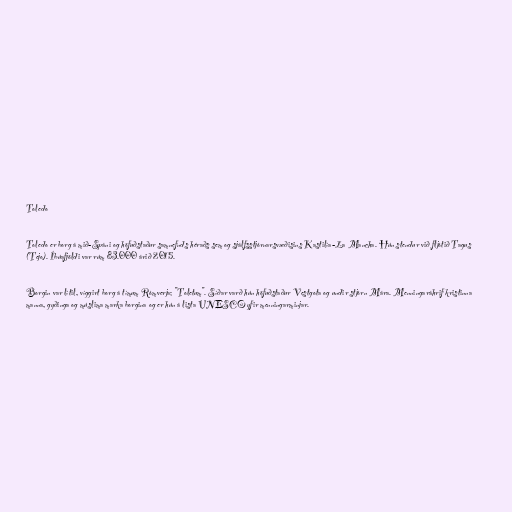
Toledo

Toledo er borg á mið-Spáni og höfuðstaður samnefnds héraðs sem og sjálfsstjórnarsvæðisins Kastilía-La Mancha. Hún stendur við fljótið Tagus
(Tejo). Íbúafjöldi var rúm 83.000 árið 2015.

Borgin var lítil, víggirt borg á tímum Rómverja; "Toletum". Síðar varð hún höfuðstaður Vestgota og undir stjórn Mára. Menningaráhrif kristinna
manna, gyðinga og múslima marka borgina og er hún á lista UNESCO yfir menningarminjar.